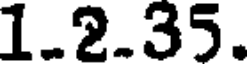
1.2.35.